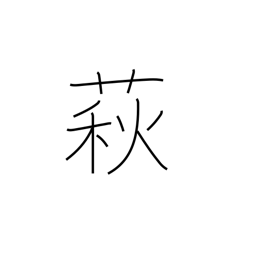
Meaning: bush clover